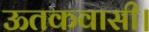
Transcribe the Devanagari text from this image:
ऊतकवासी।